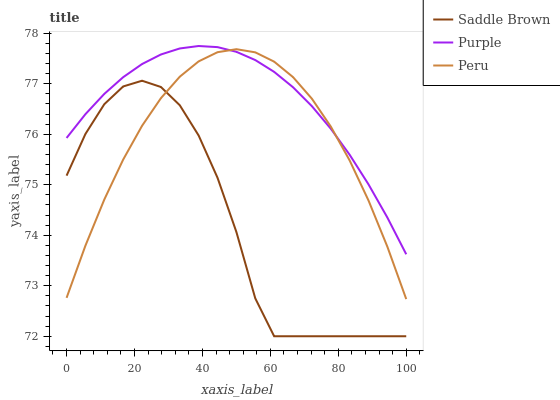
| xaxis_label | Saddle Brown | Purple | Peru |
 | --- | --- | --- | --- |
 | 0 | 75.2 | 75.9 | 72.8 |
 | 5.56 | 76 | 76.4 | 73.8 |
 | 11.1 | 76.6 | 76.8 | 74.7 |
 | 16.7 | 76.9 | 77.1 | 75.5 |
 | 22.2 | 77.1 | 77.4 | 76.2 |
 | 27.8 | 76.9 | 77.6 | 76.7 |
 | 33.3 | 76.6 | 77.7 | 77.1 |
 | 38.9 | 76 | 77.7 | 77.4 |
 | 44.4 | 75.1 | 77.7 | 77.6 |
 | 50 | 74.1 | 77.6 | 77.7 |
 | 55.6 | 72.8 | 77.5 | 77.6 |
 | 61.1 | 72 | 77.2 | 77.4 |
 | 66.7 | 72 | 76.9 | 77.1 |
 | 72.2 | 72 | 76.6 | 76.7 |
 | 77.8 | 72 | 76.1 | 76.2 |
 | 83.3 | 72 | 75.6 | 75.5 |
 | 88.9 | 72 | 75 | 74.7 |
 | 94.4 | 72 | 74.4 | 73.8 |
 | 100 | 72 | 73.6 | 72.7 |